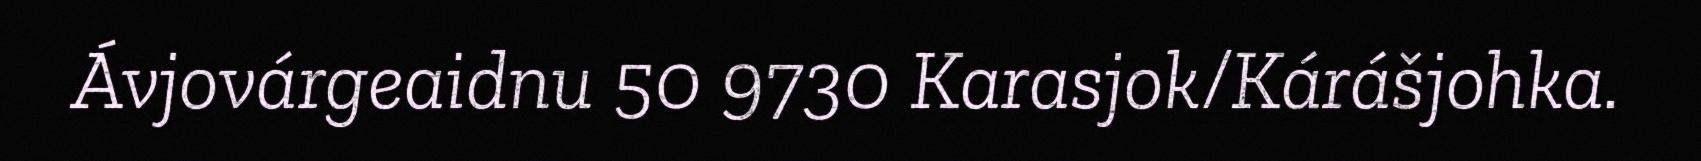
Ávjovárgeaidnu 50 9730 Karasjok/Kárášjohka.